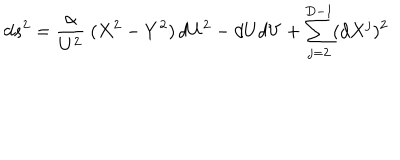
LaTeX: d s ^ { 2 } = \frac { \alpha } { U ^ { 2 } } ~ ( X ^ { 2 } - Y ^ { 2 } ) \, d U ^ { 2 } - d U d V + \sum _ { j = 2 } ^ { D - 1 } ( d X ^ { j } ) ^ { 2 }